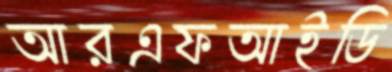
আরএফআইডি